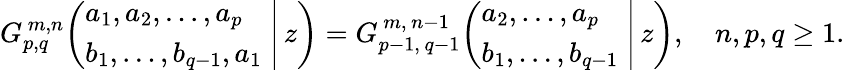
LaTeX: G_{p,q}^{\, m,n}\! \left(\left.{\begin{array}{l}{a_{1},a_{2},\dots,a_{p}}\\ {b_{1},\dots,b_{q-1},a_{1}}\end{array}}\; \right|\, z\right)=G_{p-1,\, q-1}^{\, m,\, n-1}\! \left(\left.{\begin{array}{l}{a_{2},\dots,a_{p}}\\ {b_{1},\dots,b_{q-1}}\end{array}}\; \right|\, z\right),\quad n,p,q\geq 1.